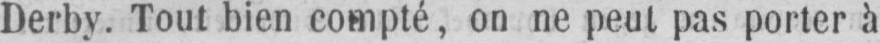
Derby. Tout bien compté, on ne peut pas porter à